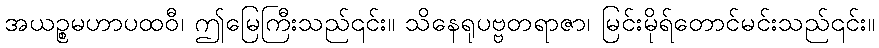
အယဉ္စမဟာပထဝီ၊ ဤမြေကြီးသည်၎င်း။ သိနေရုပဗ္ဗတရာဇာ၊ မြင်းမိုရ်တောင်မင်းသည်၎င်း။